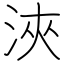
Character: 浹